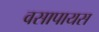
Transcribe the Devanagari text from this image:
वसापायस